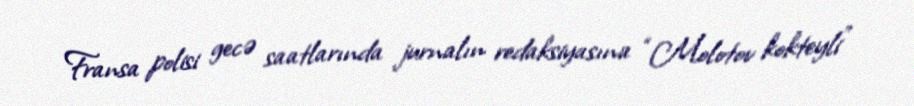
Fransa polisi gecə saatlarında jurnalın redaksiyasına “Molotov kokteyli”